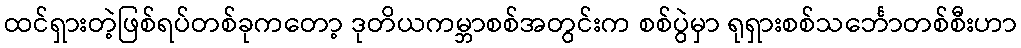
ထင်ရှားတဲ့ဖြစ်ရပ်တစ်ခုကတော့ ဒုတိယကမ္ဘာစစ်အတွင်းက စစ်ပွဲမှာ ရုရှားစစ်သင်္ဘောတစ်စီးဟာ